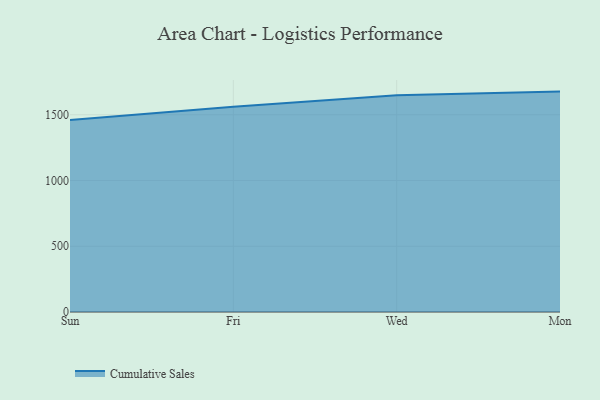
{"axis": {"x": "Day", "y": "Page Views"}, "legend": ["Cumulative Sales"], "data": [{"x": "Sun", "y": 1460.9, "type": "Cumulative Sales"}, {"x": "Fri", "y": 1561.5, "type": "Cumulative Sales"}, {"x": "Wed", "y": 1648.2, "type": "Cumulative Sales"}, {"x": "Mon", "y": 1676.2, "type": "Cumulative Sales"}]}